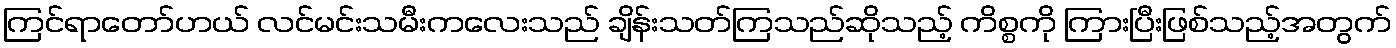
ကြင်ရာတော်ဟယ် လင်မင်းသမီးကလေးသည် ချိန်းသတ်ကြသည်ဆိုသည့် ကိစ္စကို ကြားပြီးဖြစ်သည့်အတွက်